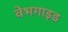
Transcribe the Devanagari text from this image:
वेभगाइड